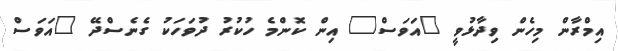
އިމްރާން މިހެން ވިދާޅުވީ "އަވަސް" އިން ކޮންމެ ހުކުރު ދުވަހަކު ގެނެސްދޭ "އަވަސް